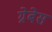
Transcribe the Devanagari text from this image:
ग्रेबेस